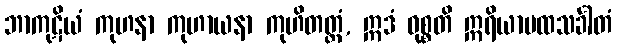
ဘာကုဋိယံ ကုဟနာ ကုဟာယနာ ကုဟိတတ္တံ, ဣဒံ ဝုစ္စတိ ဣရိယာပထသင်္ခါတံ